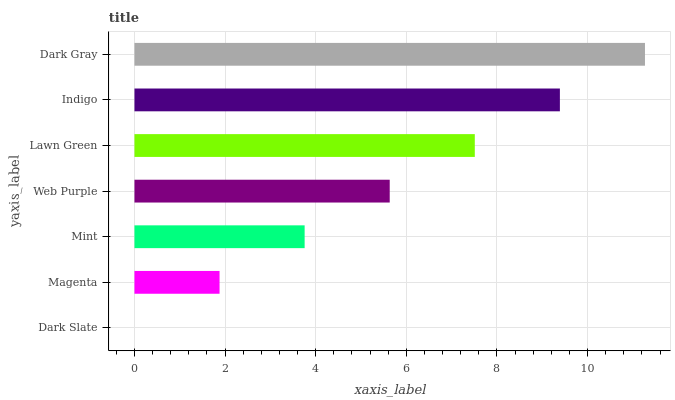
| yaxis_label | bars |
 | --- | --- |
 | Dark Slate | 0 |
 | Magenta | 1.88 |
 | Mint | 3.76 |
 | Web Purple | 5.63 |
 | Lawn Green | 7.51 |
 | Indigo | 9.39 |
 | Dark Gray | 11.3 |